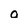
Character: a